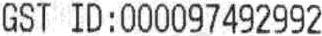
GST ID:000097492992